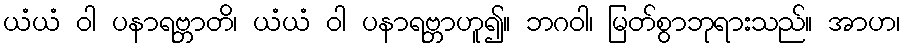
ယံယံ ဝါ ပနာရဗ္ဘာတိ၊ ယံယံ ဝါ ပနာရဗ္ဘာဟူ၍။ ဘဂဝါ၊ မြတ်စွာဘုရားသည်။ အာဟ၊